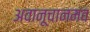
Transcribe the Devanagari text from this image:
अवानूचानमव